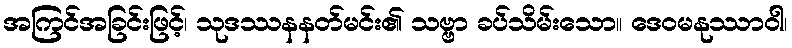
အကြင်အခြင်းဖြင့်၊ သုဒဿနနတ်မင်း၏ သဗ္ဗာ ခပ်သိမ်းသော။ ဒေဝမနုဿာဝါ၊